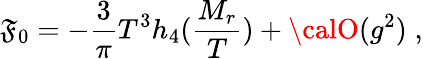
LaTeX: {\cal\mathfrak{F}}_{0}=-\frac{{3}}{{\pi}}T^{3}h_{4}(\frac{{M_{r}}}{{T}})+{\calO}(g^{2})\; ,